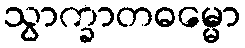
သွာက္ခာတဓမ္မော